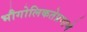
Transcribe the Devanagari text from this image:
भौगोलिकतेप्रमाणे